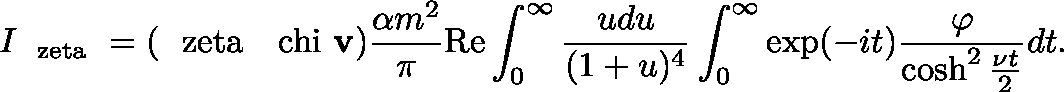
I _ { \mathrm { \boldmath ~ \ z e t a ~ } } = ( \mathrm { \boldmath ~ \ z e t a ~ } \mathrm { \boldmath ~ \ c h i ~ } { \bf v } ) \frac { \alpha m ^ { 2 } } { \pi } \mathrm { R e } \int _ { 0 } ^ { \infty } \frac { u d u } { ( 1 + u ) ^ { 4 } } \int _ { 0 } ^ { \infty } \exp ( - i t ) \frac { \varphi } { \cosh ^ { 2 } \frac { \nu t } { 2 } } d t .